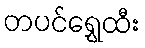
တပင်ရွှေထီး